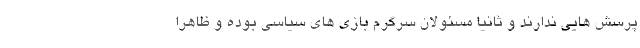
پرسش هایی ندارند و ثانیا مسئولان سرگرم بازی های سیاسی بوده و ظاهرا